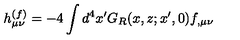
h _ { \mu \nu } ^ { ( f ) } = - 4 \int d ^ { 4 } x ^ { \prime } G _ { R } ( x , z ; x ^ { \prime } , 0 ) f _ { , \mu \nu }